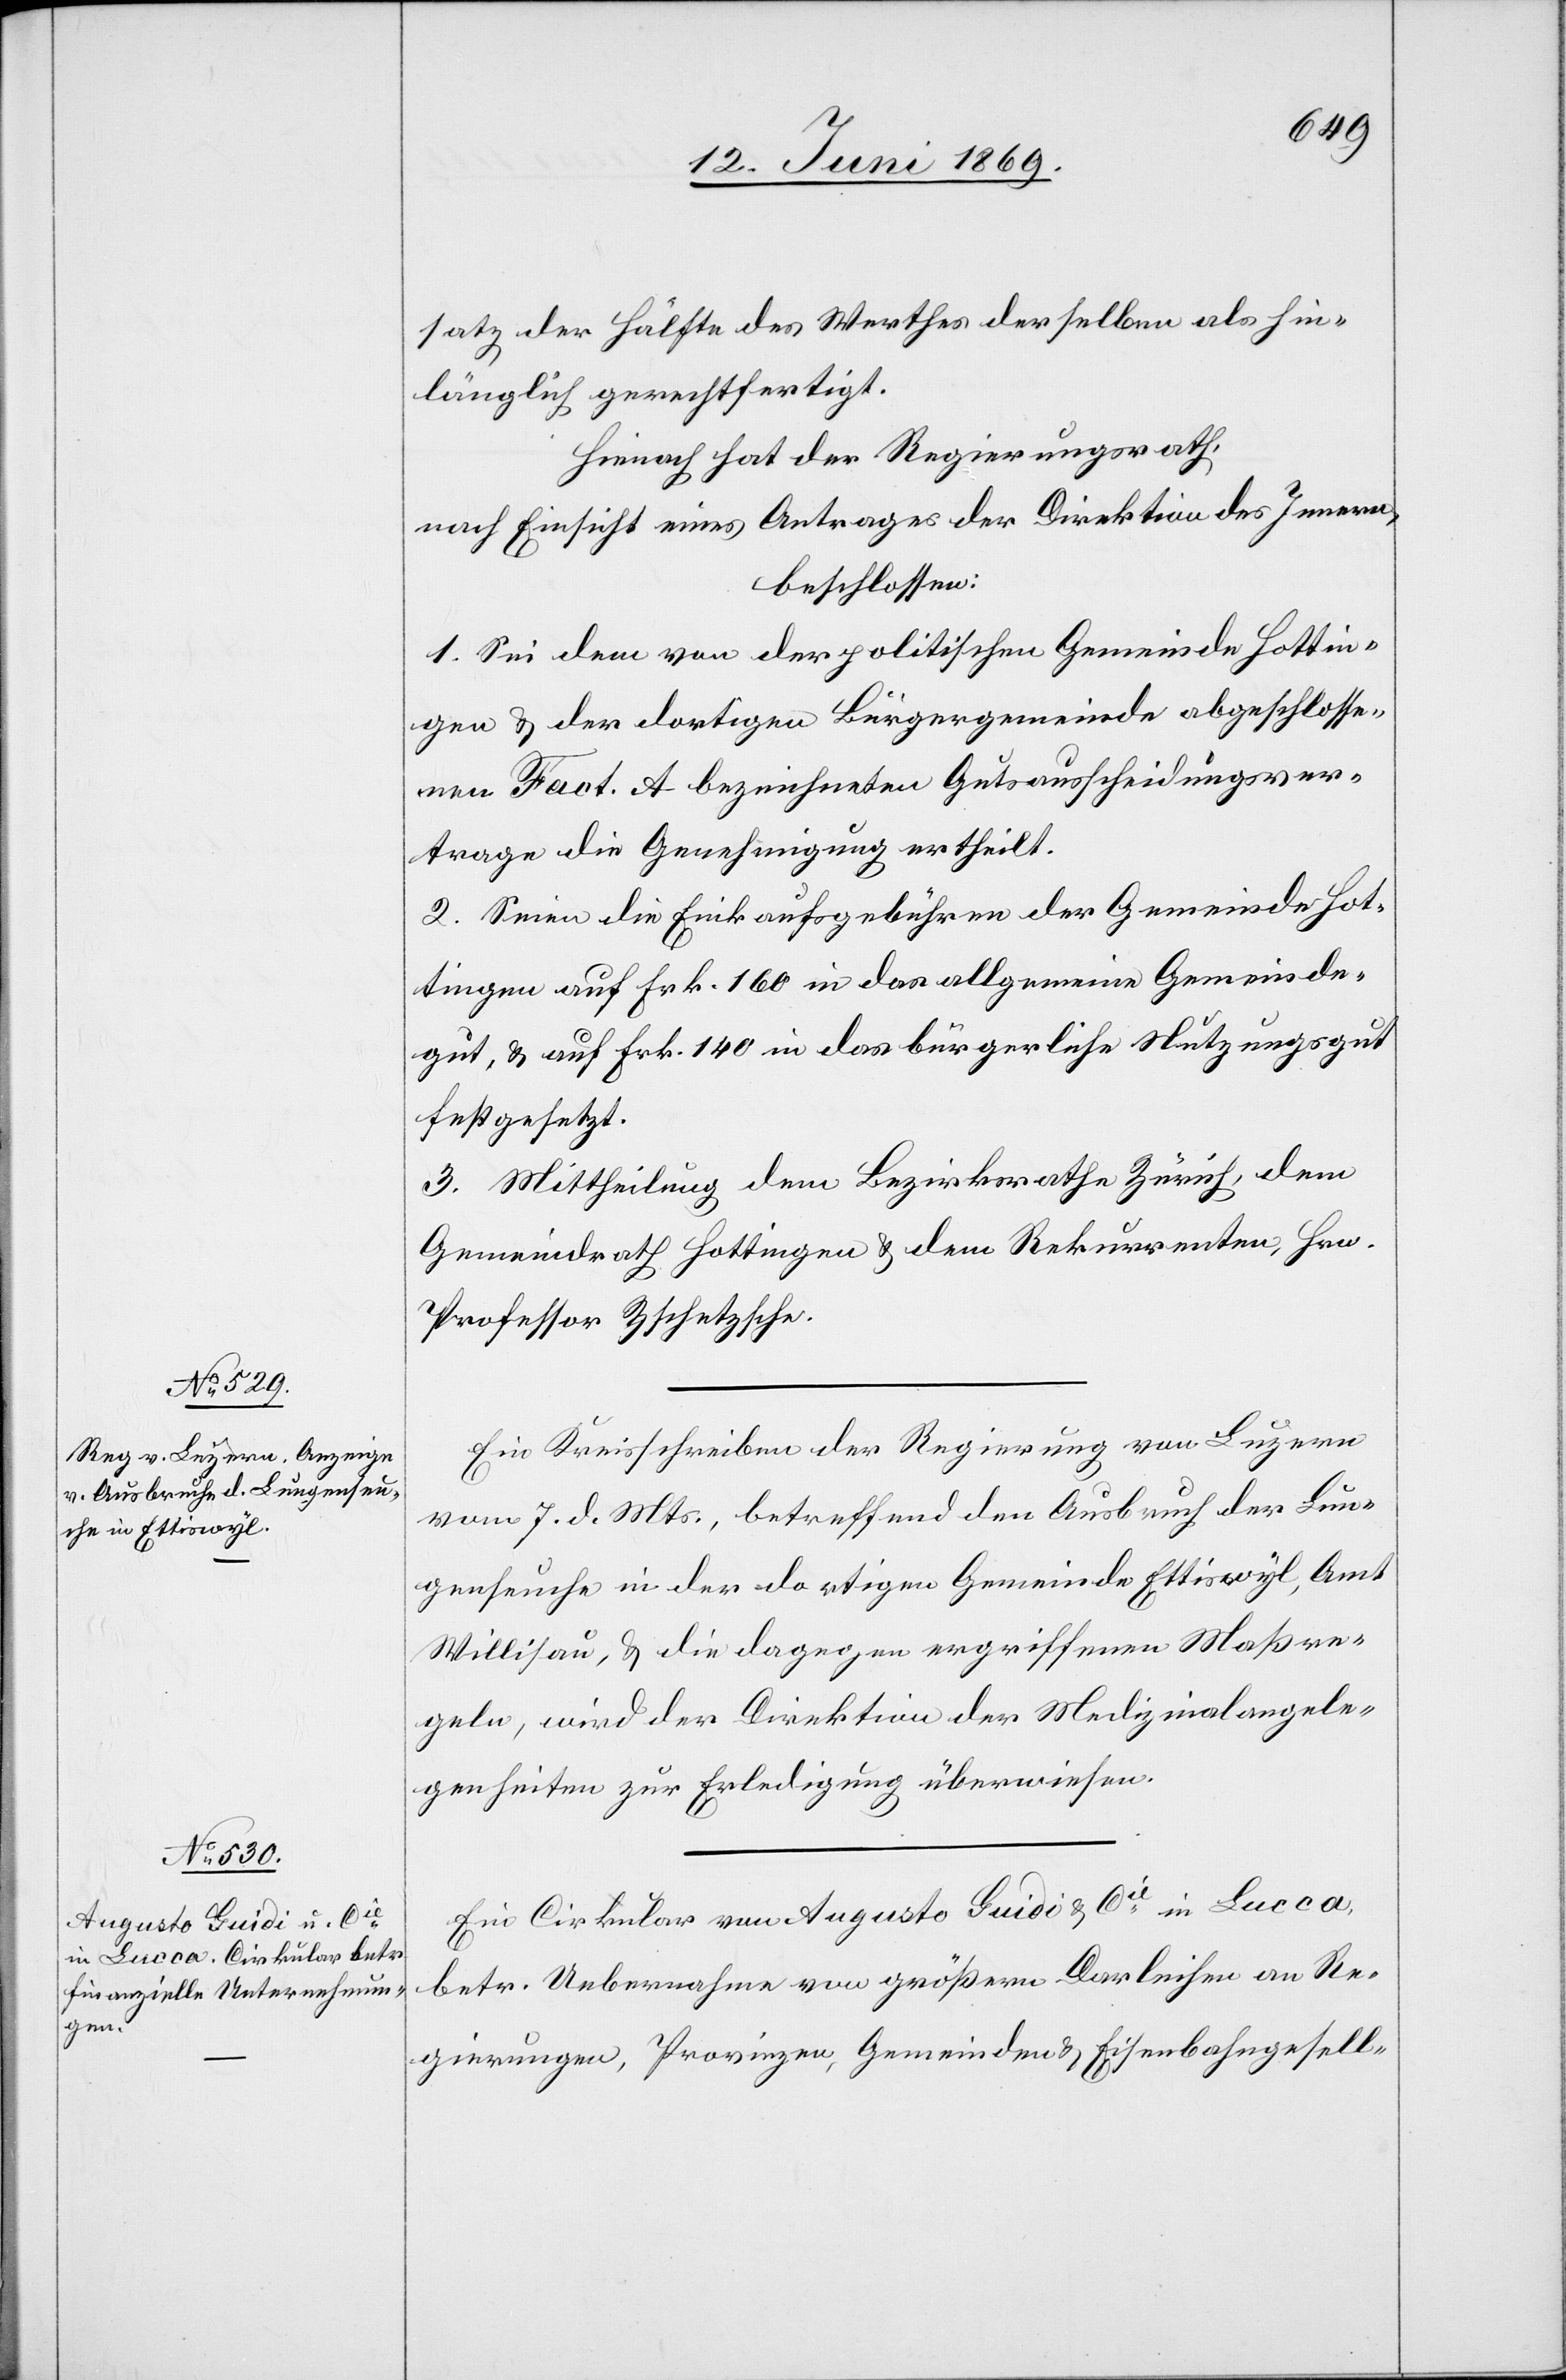
satz der Hälfte des Werthes derselben als hin¬
länglich gerechtfertigt.
Hienach hat der Regierungsrath,
nach Einsicht eines Antrages der Direktion des Innern,
beschlossen:
1. Sei dem von der politischen Gemeinde Hottin¬
gen u. der dortigen Bürgergemeinde abgeschlosse¬
nen Fact. A bezeichneten Gutsausscheidungsver¬
trage die Genehmigung ertheilt.
2. Seien die Einkaufsgebühren der Gemeinde Hot¬
tingen auf Frk. 160 in das allgemeine Gemeind¬
gut, u. auf Frk. 140 in das bürgerliche Nutzungsgut
festgesetzt.
3. Mittheilung dem Bezirksrathe Zürich, dem
Gemeindrath Hottingen u. dem Rekurrenten, Hrn.
Professor Zschetzsche.
Ein Kreisschreiben der Regierung von Luzern
vom 7 d. Mts., betreffend den Ausbruch der Lun¬
genseuche in der dortigen Gemeinde Ettiswyl, Amt
Willisau, u. die dagegen ergriffenen Maßre¬
geln, wird der Direktion der Medizinalangele¬
genheiten zur Erledigung überwiesen.
Ein Cirkular von Augusto Luidi u. Cie in Lucca,
betr. Uebernahme von größern Darleihen an Re¬
gierungen, Provinzen, Gemeinden u. Eisenbahngesell-